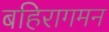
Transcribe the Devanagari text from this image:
बहिरागमन